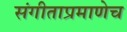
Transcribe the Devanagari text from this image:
संगीताप्रमाणेच